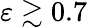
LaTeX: \varepsilon\gtrsim 0.7